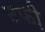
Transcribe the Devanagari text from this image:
टफी़